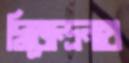
দ্বিজেন্দ্রনাথ